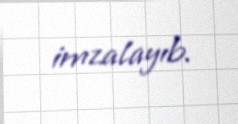
imzalayıb.